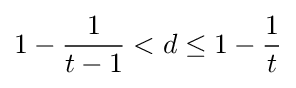
1-{\frac {1}{t-1}}<d\leq 1-{\frac {1}{t}}